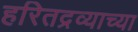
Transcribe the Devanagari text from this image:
हरितद्रव्याच्या